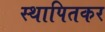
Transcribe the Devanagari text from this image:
स्थापितकर